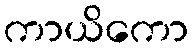
ကာယိကော